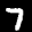
Label: 7